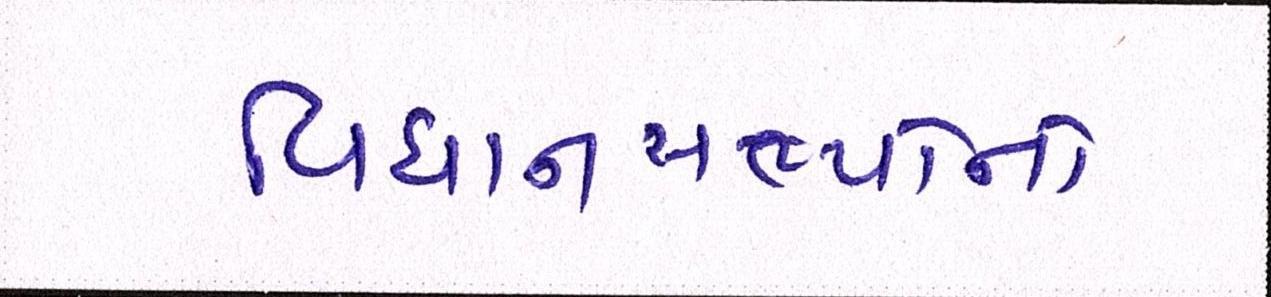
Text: વિધાનસભ્યોનો